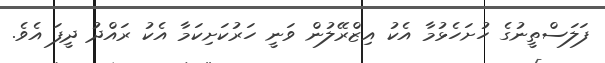
ފަލަސްތީނުގެ ހުށަހެޅުމާ އެކު އިޒްރޭލުން ވަނީ ހަރުކަށިކަމާ އެކު ރައްދު ދީފަ އެވެ.